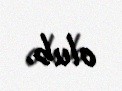
olub.